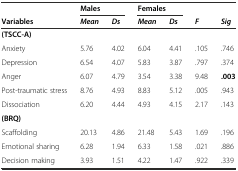
<table><thead><tr><td></td><td colspan="2"><b>Males</b></td><td colspan="2"><b>Females</b></td><td></td><td></td></tr><tr><td><b>Variables</b></td><td><b><i>Mean</i></b></td><td><b><i>Ds</i></b></td><td><b><i>Mean</i></b></td><td><b><i>Ds</i></b></td><td><b><i>F</i></b></td><td><b><i>Sig</i></b></td></tr></thead><tbody><tr><td><b>(TSCC-A)</b></td><td></td><td></td><td></td><td></td><td></td><td></td></tr><tr><td>Anxiety</td><td>5.76</td><td>4.02</td><td>6.04</td><td>4.41</td><td>.105</td><td>.746</td></tr><tr><td>Depression</td><td>6.54</td><td>4.07</td><td>5.83</td><td>3.87</td><td>.797</td><td>.374</td></tr><tr><td>Anger</td><td>6.07</td><td>4.79</td><td>3.54</td><td>3.38</td><td>9.48</td><td><b>.003</b></td></tr><tr><td>Post-traumatic stress</td><td>8.76</td><td>4.93</td><td>8.83</td><td>5.12</td><td>.005</td><td>.943</td></tr><tr><td>Dissociation</td><td>6.20</td><td>4.44</td><td>4.93</td><td>4.15</td><td>2.17</td><td>.143</td></tr><tr><td><b>(BRQ)</b></td><td></td><td></td><td></td><td></td><td></td><td></td></tr><tr><td>Scaffolding</td><td>20.13</td><td>4.86</td><td>21.48</td><td>5.43</td><td>1.69</td><td>.196</td></tr><tr><td>Emotional sharing</td><td>6.28</td><td>1.94</td><td>6.33</td><td>1.58</td><td>.021</td><td>.886</td></tr><tr><td>Decision making</td><td>3.93</td><td>1.51</td><td>4.22</td><td>1.47</td><td>.922</td><td>.339</td></tr></tbody></table>